Indian Civil Veterinary Department memoirs
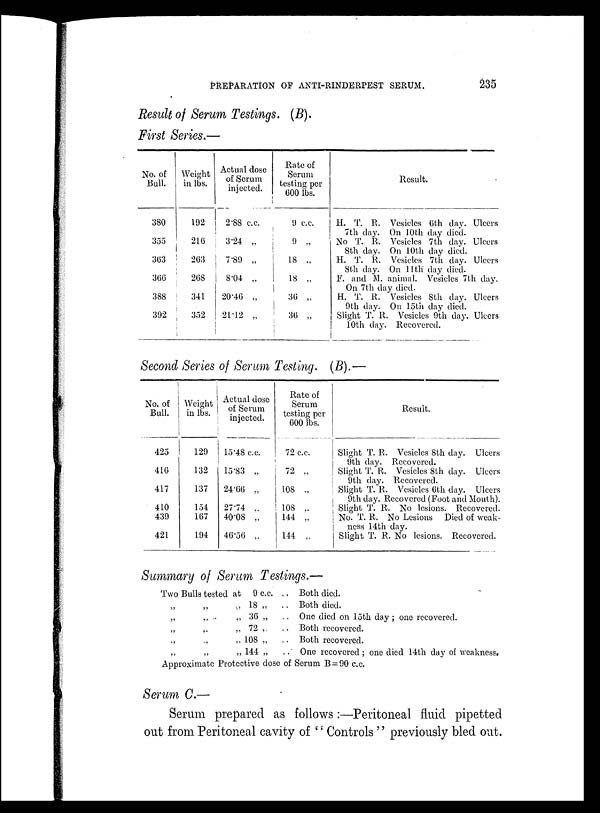
PREPARATION OF ANTI-RINDERPEST SERUM.
235
Result of Serum Testings. (B).
First Series.—
No. of
Bull.
380
355
363
366
388
392
Weight
in lbs.
192
216
263
208
341
352
Actual dose
of Serum
injected.
2.88 c.c.
3.24 „
7.89
„
8.04 „
20.46 „
21.12 „
Rate of
Serum
testing per
600 lbs.
9 c.c.
9 „
18 „
18 „
36 „
36 „
Result.
H. T. R. Vesicles 6th day. Ulcers
7th day. On 10th day died.
No T. R. Vesicles 7th day. Ulcers
8th day. On 10th day died.
H. T. R. Vesicles 7th day. Ulcers
8th day. On 11th day died.
F. and M. animal. Vesicles 7th day.
On 7th day died.
H. T. R. Vesicles 8th day. Ulcers
9th day. On loth day died.
Slight T. R. Vesicles 9th day. Ulcers
10th day. Recovered.
Second Series of Serum Testing. (B).—
No. of
Bull.
425
416
417
410
439
421
Weight
in lbs.
129
132
137
154
167
194
Actual dose
of Serum
injected.
15.48 c.c.
15.83 „
24.66 „
27.74 „
40.08 „
46.56 „
Rate of
Serum
testing per
600 lbs.
72 c.c.
72 „
108 „
108 „
144 „
144 „
Result.
Slight T. R. Vesicles 8th day. Ulcers
9th day. Recovered.
Slight T. R. Vesicles 8th day. Ulcers
9th day. Recovered.
Slight T. R. Vesicles 6th day. Ulcers
9th day. Recovered (Foot and Mouth).
Slight T. R. No lesions. Recovered.
No. T. R. No Lesions Died of weak-
ness 14th day.
Slight T. R. No lesions. Recovered.
Summary of Serum Testings.—
Two Bulls tested at 9 c.c. ..
„ 18 „
..
„ 36 „
..
„ 72 „ ..
„ 108 „
..
„ 144 „
..
Both died.
Both died.
One died on loth day ; one recovered.
Both recovered.
Both recovered.
One recovered; one died 14th day of weakness.
Approximate Protective dose of Serum B = 90 c.c.
Serum C.—
Serum prepared as follows :—Peritoneal fluid pipetted
out from Peritoneal cavity of " Controls '' previously bled out.